Papers set at the Examination for Leaving Certificates, 1895
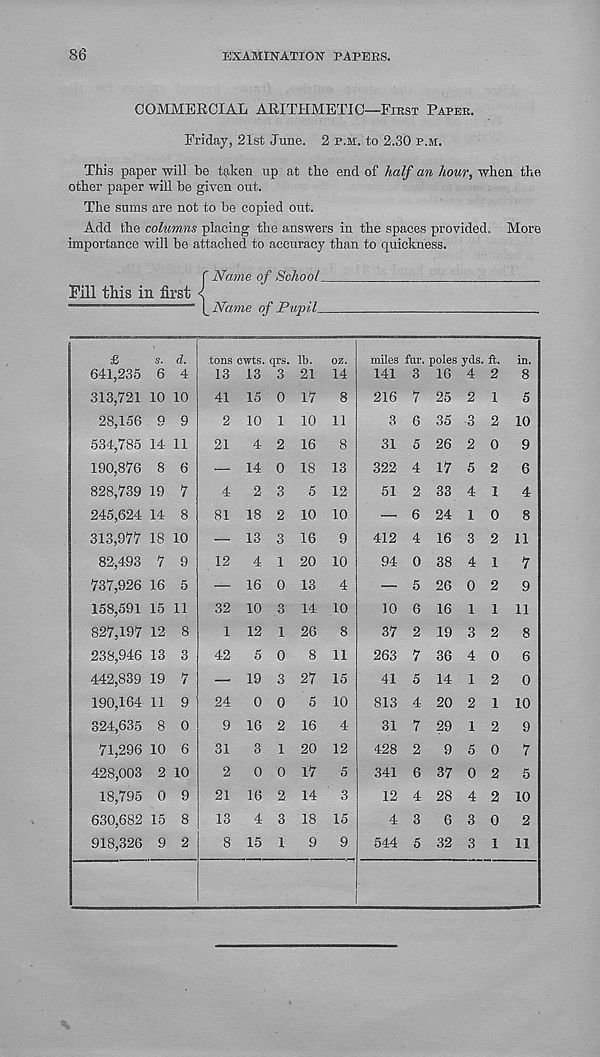
86
EXAMINATION PAPERS.
COMMERCIAL ARITHMETIC—First Paper.
Friday, 21st June. 2 p.m. to 2.30 p.m.
This paper will be taken up at the end of half an hour, when the
other paper will be given out.
The sums are not to be copied out.
Add the columns placing the answers in the spaces provided. More
importance will be attached to accuracy than to quickness.
f Name of School
Pill this in first <J
Name of Pupil
£
641,235
313,721
28,156
534,785
190,876
828,739
245,624
313,977
82,493
737,926
158,591
827,197
238,946
442,839
190,164
324,635
71,296
428,003
18,795
630,682
918,326
s. d.
6 4
10 10
9 9
14 11
8 6
19 7
14 8
18 10
7 9
16 5
15 11
12 8
13
19
11
8 0
10 6
2 10
0 9
15 8
9 2
tons ewts. qrs.
13 13 3
41 15 0
2
21
4
81 18
10 1
4 2
14 0
2 3
12
1
42
24
9 16
31
3
2
21 16
13 4
13
4
— 16 0
32 10 3
12
5
19
lb. oz.
21 14
17 8
10 11
16 8
18 13
5 12
10 10
16 9
20 10
13 4
14 10
26 8
8 11
27 15
0 0
2
5
16
1
0 0
10
4
20 12
17 5
14 3
18 15
8 15 1
miles fur.
141 3
216 7
3 6
31 5
poles yds.
16 4
322
51
412
263
41
813
31
428
341
12
4
544
25
35
26
17
33
24
16
94 0
— 5
10 6
37 2
38 4
26 0
16
19
36
14
20
29
9
37 0
28
6
32
in.
8
1
5
2 10
9
6
4
8
11
7
9
11
8
6
0
10
9
7
5
10
2
11